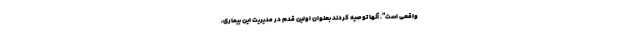
واقعی است". آنها توصیه کردند بعنوان اولین قدم در مدیریت این بیماری،